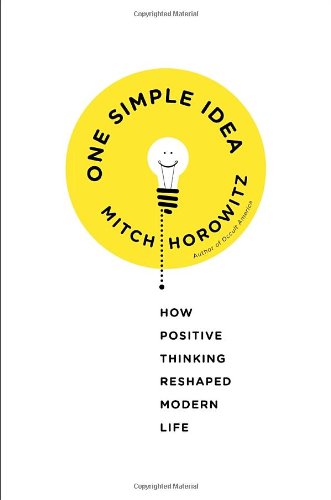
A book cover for One Simple Idea: How Positive Thinking Reshaped Modern Life; Mitch Horowitz; Health, Fitness & Dieting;